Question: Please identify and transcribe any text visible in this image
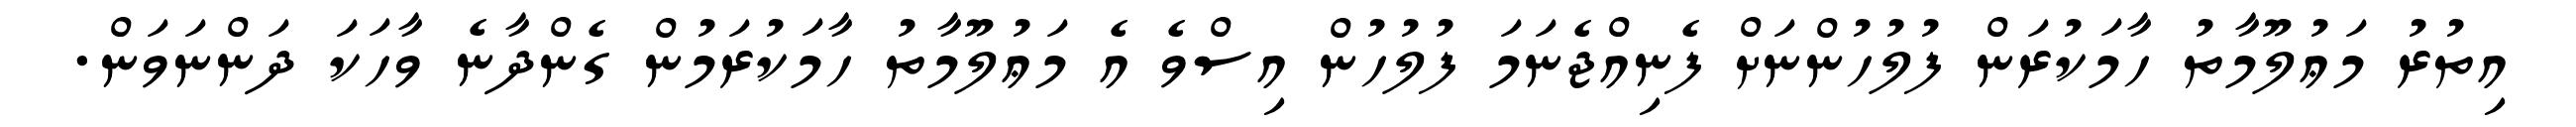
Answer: އިތުރު މަޢުލޫމާތު ހާމަކުރަން ފުލުހުންނަށް ފެނިއްޖެނަމަ ފުލުހުން އިސްވެ އެ މަޢުލޫމާތު ހާމަކުރަމުން ގެންދާނެ ވާހަކަ ދަންނަވަން.